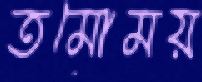
তমোময়